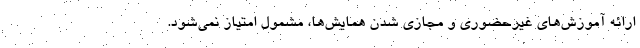
ارائه آموزش‌های غیرحضوری و مجازی شدن همایش‌ها، مشمول امتیاز نمی‌شود.